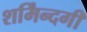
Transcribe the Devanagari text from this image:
शर्मिंन्दगी